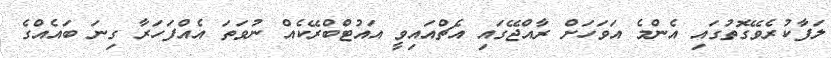
ލަފާކުރެވޭގޮތުގައި އެންމެ އަވަހަށް ރާއްޖޭގައި އެޗްއައިވީ އައުޓްބްރޭކެއް ނުވަތަ އެއްފަހަރާ ގިނަ ބައެއްގެ